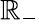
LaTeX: \mathbb{R}_{-}